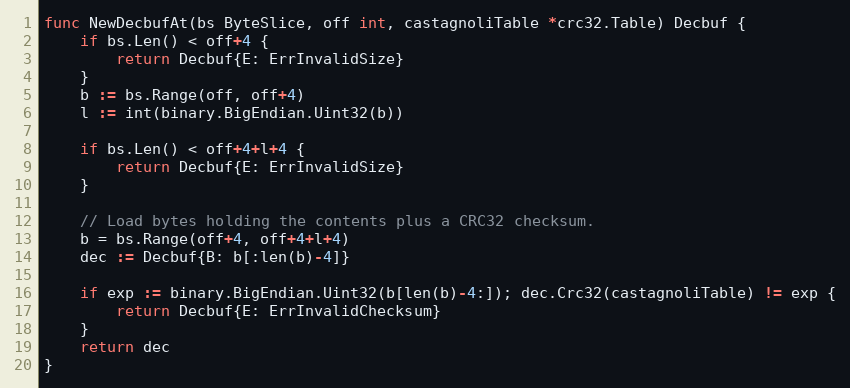
Language: Go
func NewDecbufAt(bs ByteSlice, off int, castagnoliTable *crc32.Table) Decbuf {
	if bs.Len() < off+4 {
		return Decbuf{E: ErrInvalidSize}
	}
	b := bs.Range(off, off+4)
	l := int(binary.BigEndian.Uint32(b))

	if bs.Len() < off+4+l+4 {
		return Decbuf{E: ErrInvalidSize}
	}

	// Load bytes holding the contents plus a CRC32 checksum.
	b = bs.Range(off+4, off+4+l+4)
	dec := Decbuf{B: b[:len(b)-4]}

	if exp := binary.BigEndian.Uint32(b[len(b)-4:]); dec.Crc32(castagnoliTable) != exp {
		return Decbuf{E: ErrInvalidChecksum}
	}
	return dec
}